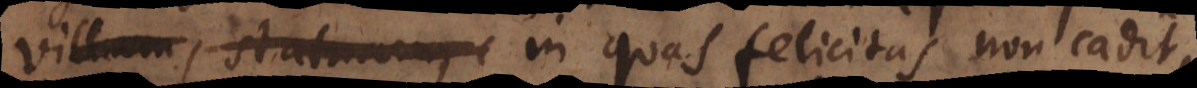
villam, statuam, in quas felicitas non cadit: